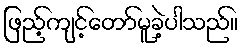
ဖြည့်ကျင့်တော်မူခဲ့ပါသည်။